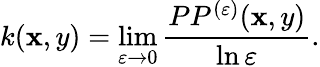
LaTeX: k(\mathbf{x},y)=\operatorname*{lim}_{\varepsilon\to0}\frac{{PP^{(\varepsilon)}(\mathbf{x},y)}}{{\ln\varepsilon}}.